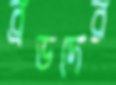
ব্রডদের